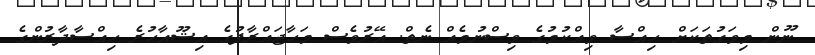
ނޫން މިވަގުތަކަށް ހިއްސާ ވިއްކުމުގެ ވިސްނުމެއް ނެތް. އޭރުވެސް މަހާޖައްރާފުގެ އިޝޫއާހުރެ ހިއްސާދާރުންގެ